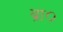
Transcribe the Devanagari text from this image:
ब्रा०